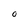
Character: 0